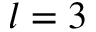
l = 3